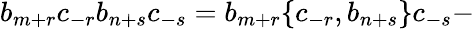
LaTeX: b_{m+r}c_{-r}b_{n+s}c_{-s}=b_{m+r}\lbrace c_{-r},b_{n+s}\rbrace c_{-s}-